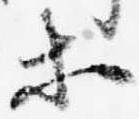
等